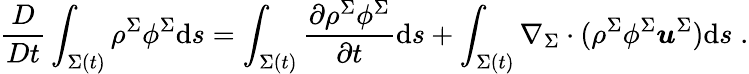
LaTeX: \frac{D}{Dt}\int_{\Sigma(t)}\rho^{\Sigma}\phi^{\Sigma}\mathrm{d}s=\int_{\Sigma(t)}\frac{\partial\rho^{\Sigma}\phi^{\Sigma}}{\partial t}\mathrm{d}s+\int_{\Sigma(t)}\nabla_{\Sigma}\cdot(\rho^{\Sigma}\phi^{\Sigma}\boldsymbol{u}^{\Sigma})\mathrm{d}s\; .